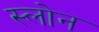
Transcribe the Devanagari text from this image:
स्‍लोन